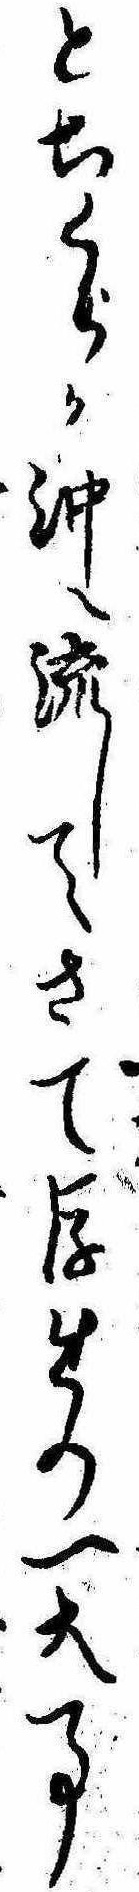
とちくらか沖へ流してさて後生の一大事